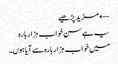
← مزید پڑھیے
یہ ہے سن خواب ہزار بارہ
میں خواب ہزار بارہ سے آیا ہوں۔